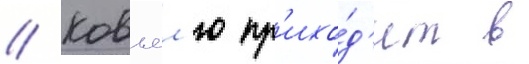
// Ковьел'ю пр'ихо́д'ит в